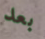
بعد